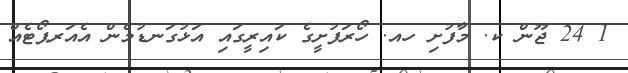
1 24 ޖޫން ކ. މާފުށި ހއ. ހޯރަފުށީގެ ކައިރީގައި އަޅުގަނޑުމެން އެއަރޕޯޓެއް